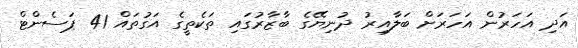
އަދި އަހަރުން އަހަރަށް ބަލާއިރު ދުނިޔޭގެ ބާޒާރުގައި ތަކެތީގެ އަގުތައް 41 ޕަސެންޓް